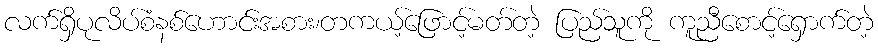
လက်ရှိပုလိပ်စံနစ်ဟောင်းအစား၊တကယ့်ဖြောင့်မတ်တဲ့ ပြည်သူကို ကူညီစောင့်ရှောက်တဲ့